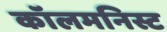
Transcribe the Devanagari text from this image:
कॉलमनिस्ट